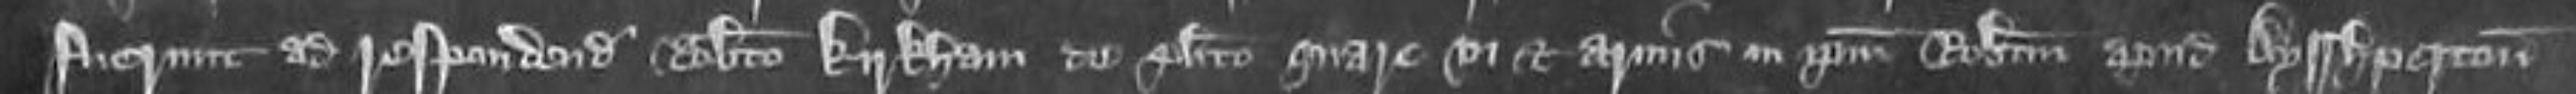
fuerunt ad respondendum Roberto Kirkham de placito quare vi et armis in ipsum Robertum apud Ayshperton